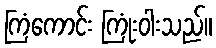
ကြံကောင်း ကြုံးဝါးသည်။